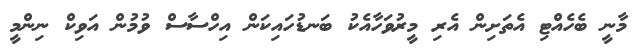
މާނީ ބެހެއްޓި އެތަށިން އެރި މީރުވަހާއެކު ބަނޑުހައިކަން އިހްސާސް ވުމުން އަވިކް ނިންމީ